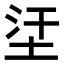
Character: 𡊺